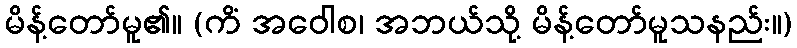
မိန့်တော်မူ၏။ (ကိံ အဝေါစ၊ အဘယ်သို့ မိန့်တော်မူသနည်း။)